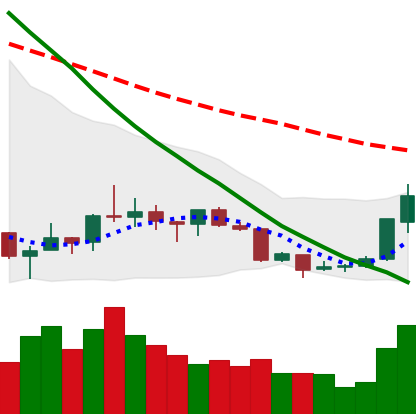
Ticker: XRP-USD
Chart end date: 2018-07-17
Forward return: -11.131%
Label: down_7plus